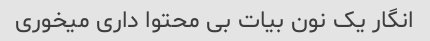
انگار یک نون بیات بی محتوا داری میخوری